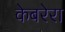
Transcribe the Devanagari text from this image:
केबरेरा